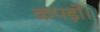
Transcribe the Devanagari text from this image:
कपड़ों।